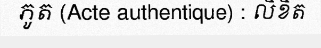
ភូត (Acte authentique) : លិខិត